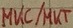
Text: MKC/MKT